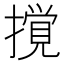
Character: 撹